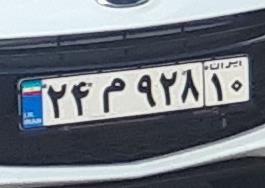
۲۴م۹۲۸۱۰